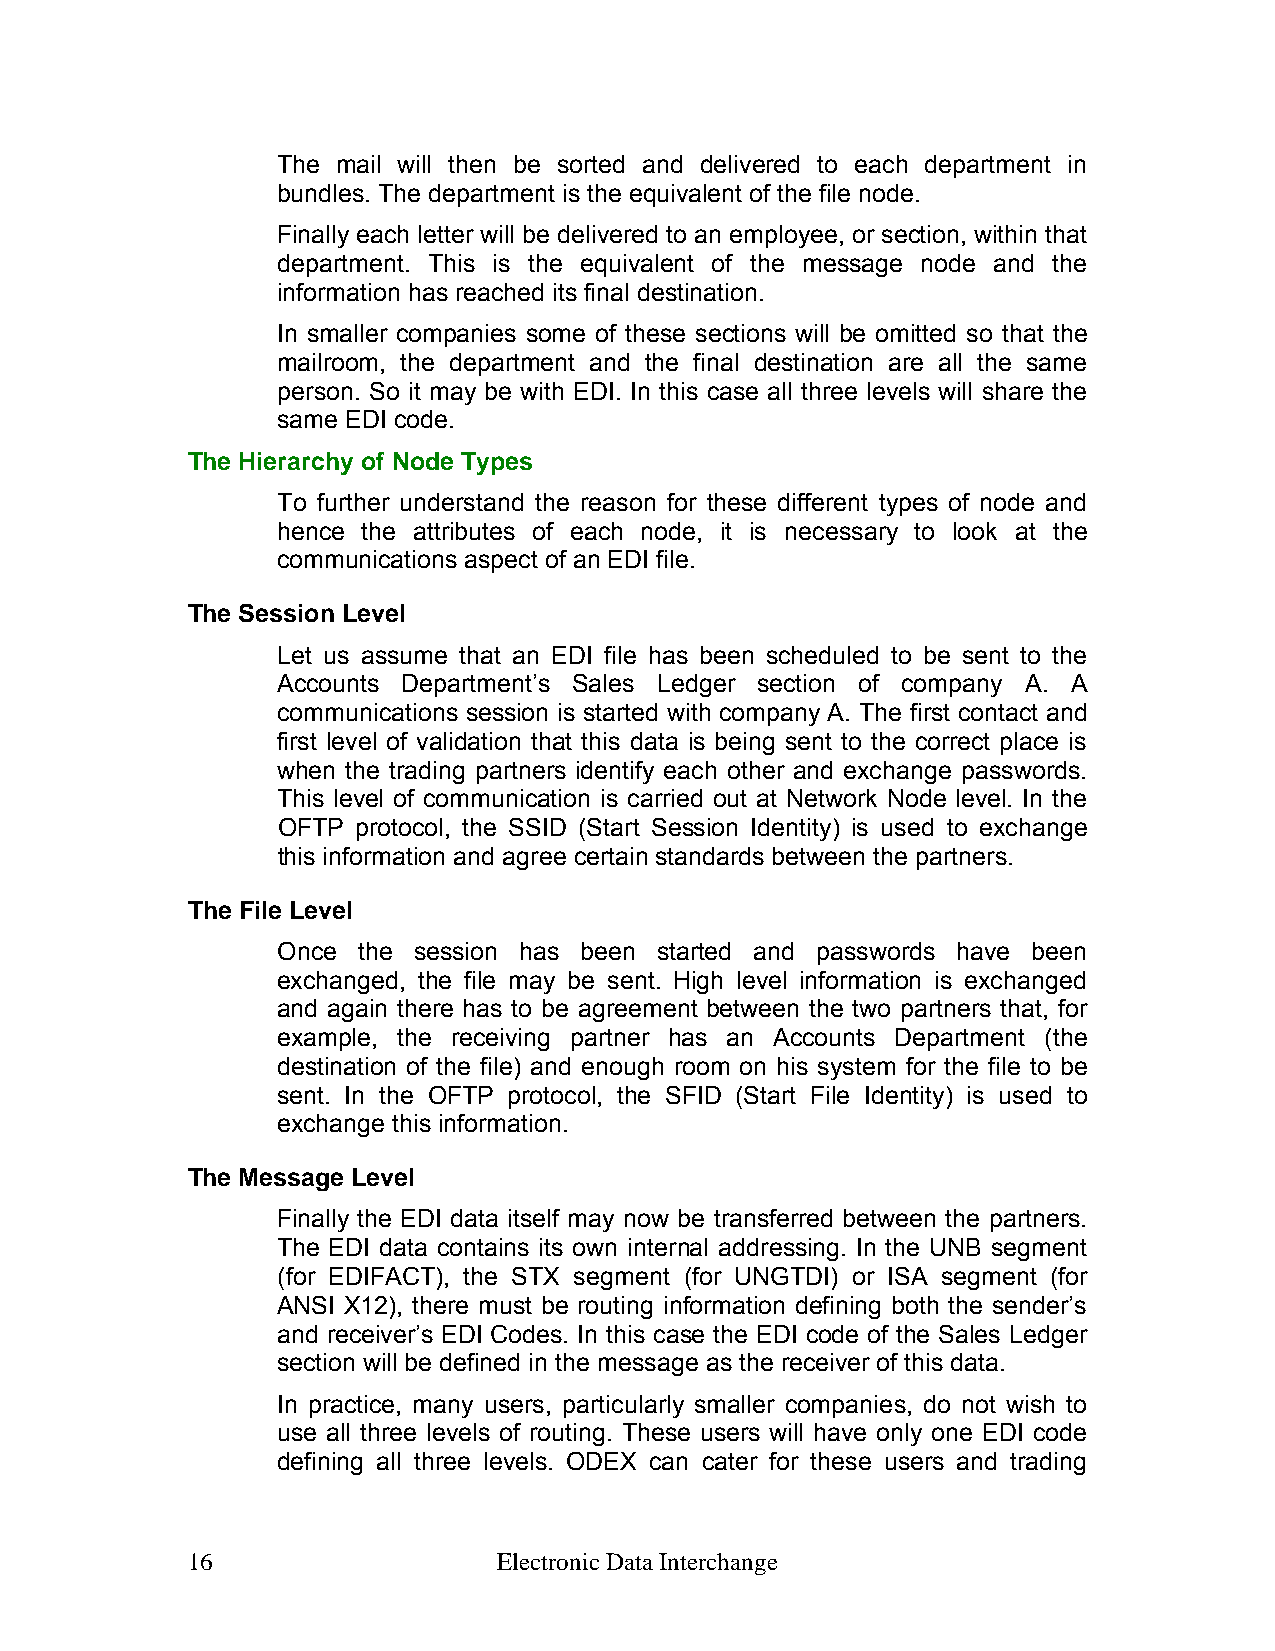
The mail will then be sorted and delivered to each department in
 bundles. The department is the equivalent of the file node.
 Finally each letter will be delivered to an employee, or section, within that
 department. This is the equivalent of the message node and the
 information has reached its final destination.
 In smaller companies some of these sections will be omitted so that the
 mailroom, the department and the final destination are all the same
 person. So it may be with EDI. In this case all three levels will share the
 same EDI code.
 The Hierarchy of Node Types
 To further understand the reason for these different types of node and
 hence the attributes of each node, it is necessary to look at the
 communications aspect of an EDI file.
 The Session Level
 Let us assume that an EDI file has been scheduled to be sent to the
 Accounts Department’s Sales Ledger section of company A. A
 communications session is started with company A. The first contact and
 first level of validation that this data is being sent to the correct place is
 when the trading partners identify each other and exchange passwords.
 This level of communication is carried out at Network Node level. In the
 OFTP  protocol, the SSID (Start Session Identity) is used to exchange
 this information and agree certain standards between the partners.
 The File Level
 Once  the session has been started and passwords have been
 exchanged, the file may be sent. High level information is exchanged
 and again there has to be agreement between the two partners that, for
 example, the receiving partner has an Accounts Department (the
 destination of the file) and enough room on his system for the file to be
 sent. In the OFTP protocol, the SFID (Start File Identity) is used to
 exchange this information.
 The Message Level
 Finally the EDI data itself may now be transferred between the partners.
 The EDI data contains its own internal addressing. In the UNB segment
 (for EDIFACT), the STX segment (for UNGTDI) or ISA segment (for
 ANSI X12), there must be routing information defining both the sender’s
 and receiver’s EDI Codes. In this case the EDI code of the Sales Ledger
 section will be defined in the message as the receiver of this data.
 In practice, many users, particularly smaller companies, do not wish to
 use all three levels of routing. These users will have only one EDI code
 defining all three levels. ODEX can cater for these users and trading
 16                   Electronic Data Interchange